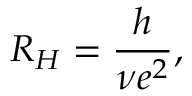
R _ { H } = { \frac { h } { \nu e ^ { 2 } } } ,